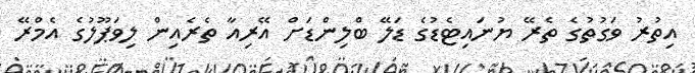
އިތުރު ވަގުތުގެ ތެރޭ ޔުނައިޓެޑުގެ ޑަލޭ ބްލިންޑަށް އޭރިއާ ތެރެއިން ލިވަޕޫލުގެ އެމްރޭ